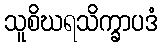
သူစိဃရသိက္ခာပဒံ